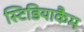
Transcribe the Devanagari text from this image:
स्टिडियाकैम